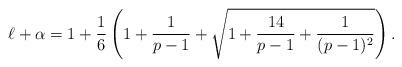
LaTeX: \begin{align*}\ell+\alpha = 1 + \frac{1}{6} \left( 1 + \frac{1}{p-1} + \sqrt{1 + \frac{14}{p-1} + \frac{1}{(p-1)^2}} \right). \end{align*}